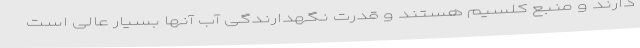
دارند و منبع کلسیم هستند و قدرت نگهدارندگی آب آنها بسیار عالی است